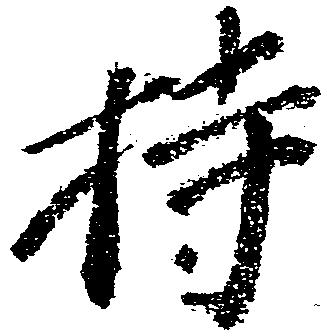
持